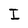
Character: I